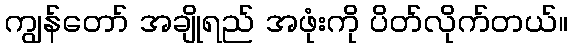
ကျွန်တော် အချိုရည် အဖုံးကို ပိတ်လိုက်တယ်။